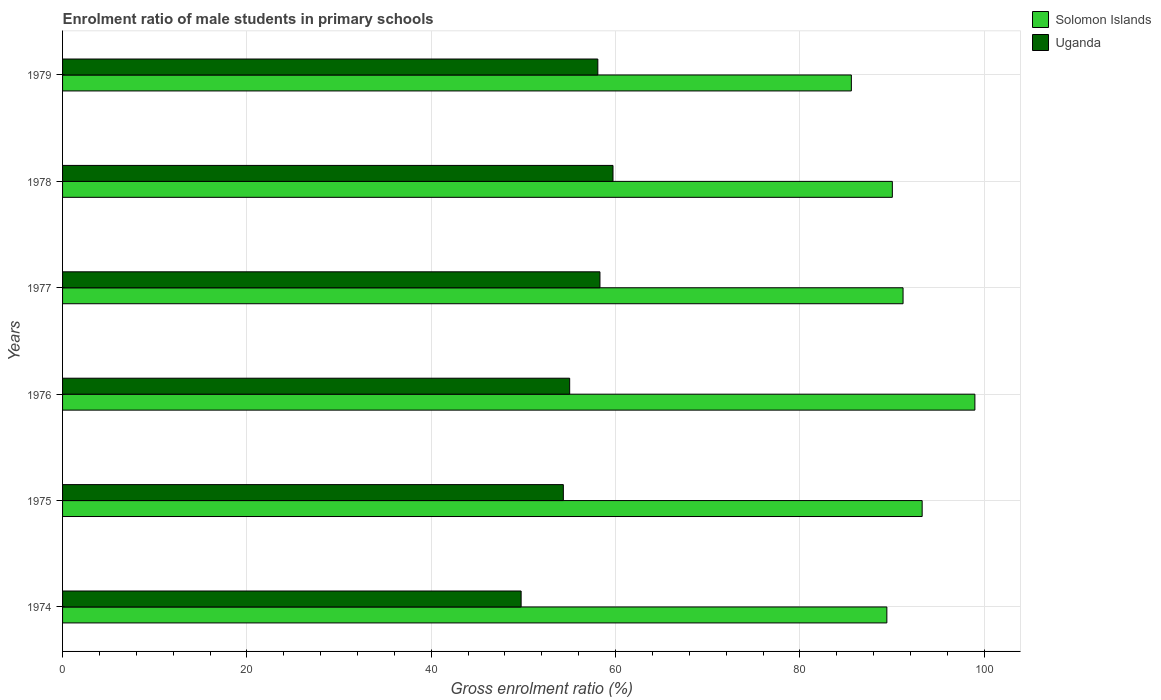
| Years | Solomon Islands | Uganda |
 | --- | --- | --- |
 | 1974 | 89.4 | 49.8 |
 | 1975 | 93.3 | 54.3 |
 | 1976 | 99 | 55 |
 | 1977 | 91.2 | 58.3 |
 | 1978 | 90 | 59.7 |
 | 1979 | 85.6 | 58.1 |